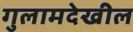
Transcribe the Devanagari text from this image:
गुलामदेखील